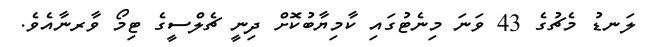
ލަނޑު މެޗުގެ 43 ވަނަ މިނެޓުގައި ކާމިޔާބުކޮށް ދިނީ ޗެލްސީގެ ޓިމޯ ވާރނާއެވެ.